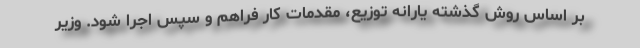
بر اساس روش گذشته یارانه توزیع، مقدمات کار فراهم و سپس اجرا شود. وزیر